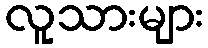
လူသားများ